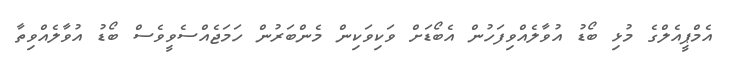
އެމްޕީއެލްގެ މުޅި ބޯޑު އުވާލެއްވިފަހުން އެބޯޑަށް ވަކިވަކިން މެންބަރުން ހަމަޖެއްސެވީވެސް ބޯޑު އުވާލެއްވިތާ